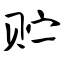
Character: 贮